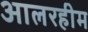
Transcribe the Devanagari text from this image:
आलरहीम